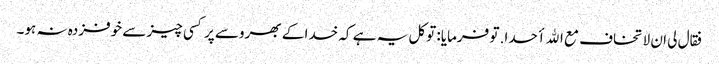
فقال لی ان لا تخاف مع الله أحدا. تو فرمایا: توکل یہ ہے کہ خدا کے بھروسے پر کسی چیز سے خوفزدہ نہ ہو۔